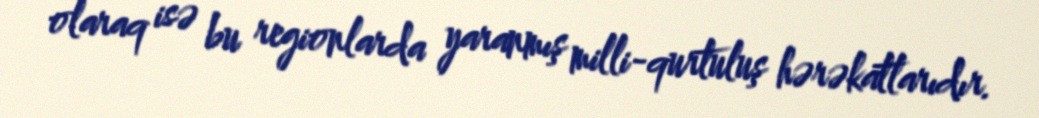
olaraq isə bu regionlarda yaranmış milli-qurtuluş hərəkatlarıdır.